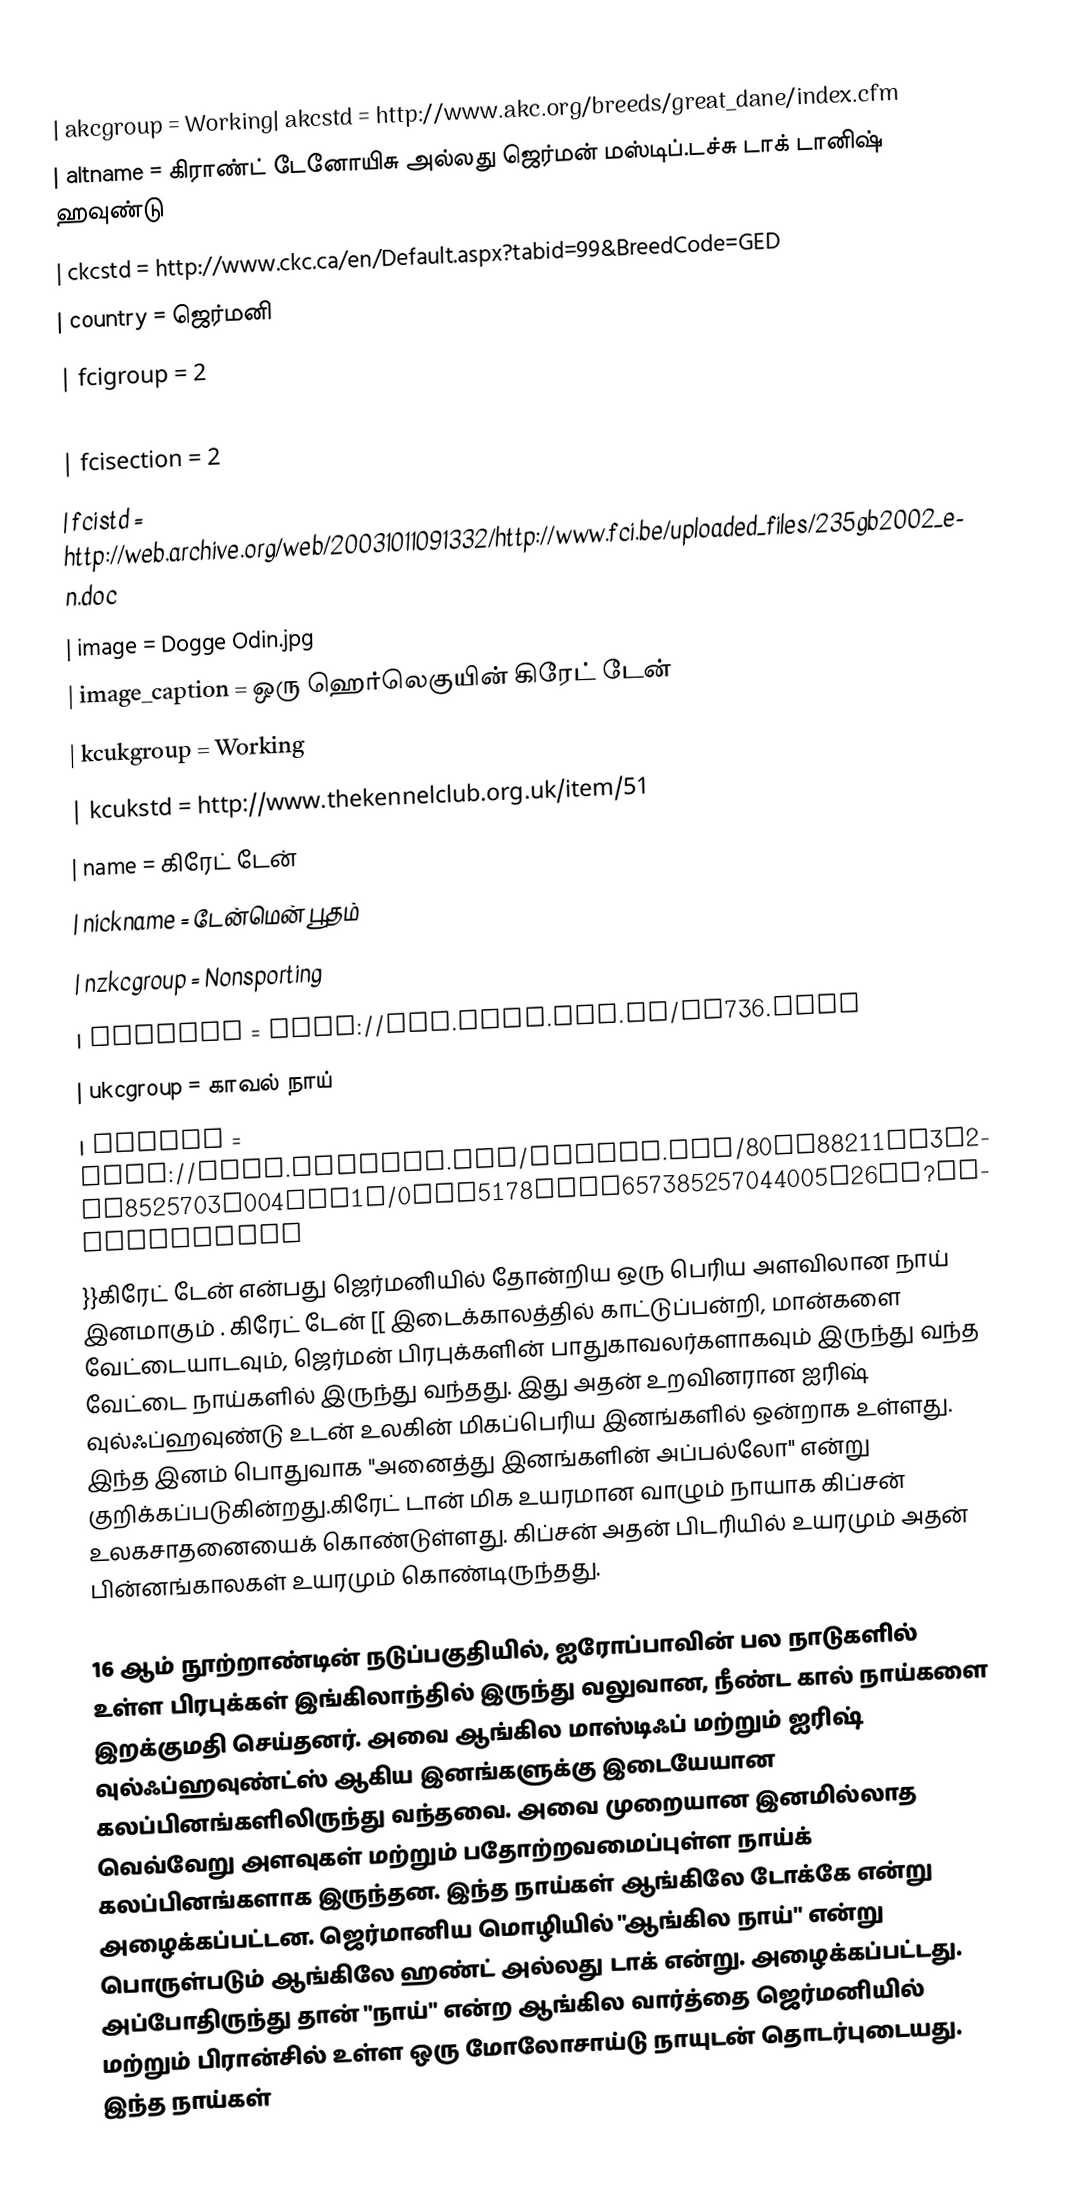
{{Infobox Dogbreed
| akcgroup = Working| akcstd = http://www.akc.org/breeds/great_dane/index.cfm
| altname = கிராண்ட் டேனோயிசு அல்லது ஜெர்மன் மஸ்டிப்.டச்சு டாக் டானிஷ் ஹவுண்டு
| ckcstd = http://www.ckc.ca/en/Default.aspx?tabid=99&BreedCode=GED
| country =  ஜெர்மனி
| fcigroup = 2
| fcinum = 235
| fcisection = 2
| fcistd = http://web.archive.org/web/20031011091332/http://www.fci.be/uploaded_files/235gb2002_en.doc
| image = Dogge Odin.jpg
| image_caption = ஒரு ஹெர்லெகுயின் கிரேட் டேன்
| kcukgroup = Working
| kcukstd = http://www.thekennelclub.org.uk/item/51
| name = கிரேட் டேன்
| nickname = டேன்மென் பூதம்
| nzkcgroup = Nonsporting
| nzkcstd = http://www.nzkc.org.nz/br736.html
| ukcgroup = காவல் நாய்
| ukcstd = http://mail.ukcdogs.com/ukcweb.nsf/80de88211ee3f2dc8525703f004ccb1e/0EBF5178ADBA657385257044005F26CB?OpenDocument
}}கிரேட் டேன் என்பது ஜெர்மனியில் தோன்றிய ஒரு பெரிய அளவிலான நாய் இனமாகும் . கிரேட் டேன் [[ இடைக்காலத்தில் காட்டுப்பன்றி, மான்களை வேட்டையாடவும், ஜெர்மன் பிரபுக்களின் பாதுகாவலர்களாகவும் இருந்து வந்த வேட்டை நாய்களில் இருந்து வந்தது. இது அதன் உறவினரான ஐரிஷ் வுல்ஃப்ஹவுண்டு உடன் உலகின் மிகப்பெரிய இனங்களில் ஒன்றாக உள்ளது. இந்த இனம் பொதுவாக "அனைத்து இனங்களின் அப்பல்லோ" என்று குறிக்கப்படுகின்றது.கிரேட் டான் மிக உயரமான வாழும் நாயாக கிப்சன் உலகசாதனையைக் கொண்டுள்ளது. கிப்சன் அதன் பிடரியில்  உயரமும் அதன் பின்னங்காலகள்  உயரமும் கொண்டிருந்தது.

16 ஆம் நூற்றாண்டின் நடுப்பகுதியில், ஐரோப்பாவின் பல நாடுகளில் உள்ள பிரபுக்கள் இங்கிலாந்தில் இருந்து வலுவான, நீண்ட கால் நாய்களை இறக்குமதி செய்தனர். அவை ஆங்கில மாஸ்டிஃப் மற்றும் ஐரிஷ் வுல்ஃப்ஹவுண்ட்ஸ் ஆகிய இனங்களுக்கு இடையேயான கலப்பினங்களிலிருந்து வந்தவை. அவை முறையான இனமில்லாத வெவ்வேறு அளவுகள் மற்றும் பதோற்றவமைப்புள்ள நாய்க் கலப்பினங்களாக இருந்தன.  இந்த நாய்கள் ஆங்கிலே டோக்கே என்று அழைக்கப்பட்டன. ஜெர்மானிய மொழியில் "ஆங்கில நாய்" என்று பொருள்படும் ஆங்கிலே ஹண்ட் அல்லது டாக் என்று. அழைக்கப்பட்டது. அப்போதிருந்து தான் "நாய்" என்ற ஆங்கில வார்த்தை ஜெர்மனியில்  மற்றும் பிரான்சில் உள்ள ஒரு மோலோசாய்டு நாயுடன் தொடர்புடையது.   இந்த நாய்கள்